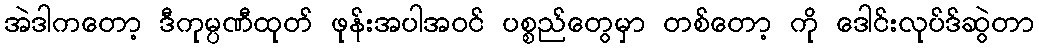
အဲဒါကတော့ ဒီကုမ္ပဏီထုတ် ဖုန်းအပါအဝင် ပစ္စည်တွေမှာ တစ်တော့ ကို ဒေါင်းလုပ်ဒ်ဆွဲတာ